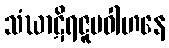
သံဃာဋိရဇူပဝါဟနေ